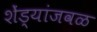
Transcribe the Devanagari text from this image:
शेंड्यांजवळ